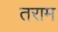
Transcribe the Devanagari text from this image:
तराम